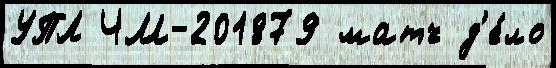
УПЛ ЧМ-201879 матч д'е́ло